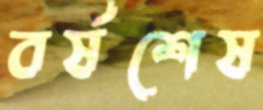
বর্ষশেষ